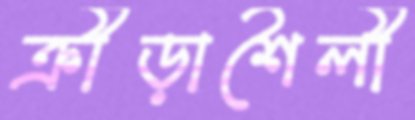
ক্রীড়াশৈলী